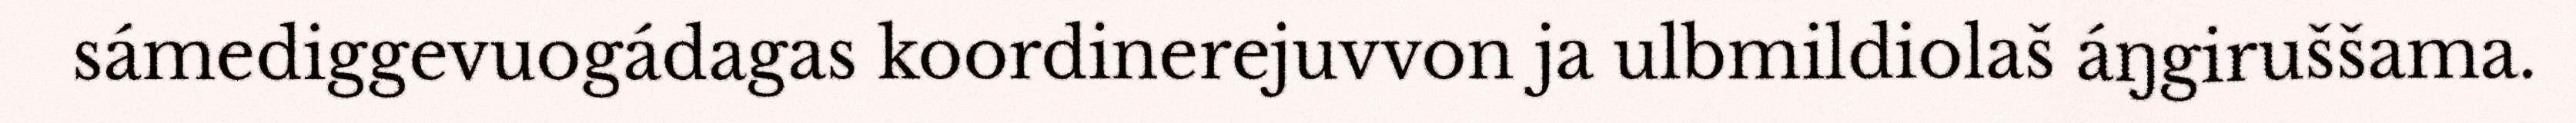
sámediggevuogádagas koordinerejuvvon ja ulbmildiolaš áŋgiruššama.